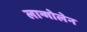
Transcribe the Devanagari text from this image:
लान्गोलेन